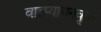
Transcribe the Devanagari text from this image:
वात्स्यायनकृत